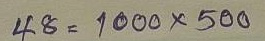
48 = 1000 x 500